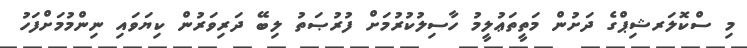
މި ސްކޮލަރޝިޕްގެ ދަށުން މަތީތަޢުލީމު ހާސިލުކުރުމަށް ފުރުޞަތު ލިބޭ ދަރިވަރުން ކިޔަވައި ނިންމުމަށްފަހު